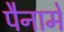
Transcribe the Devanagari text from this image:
पैनामे